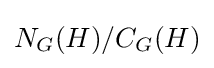
N_{G}(H)/C_{G}(H)